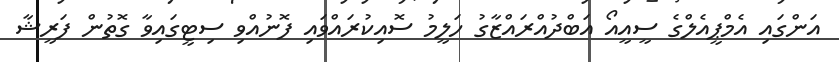
އަންގައި އެމްޕީއެލްގެ ސީއީއޯ އަބްދުއްރައްޒާގު ހަލީމު ސޮއިކުރައްވައި ފޮނުއްވި ސިޓީގައިވާ ގޮތުން ފަރީޝާ